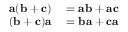
\begin{array} { r l } { \mathbf { a } ( \mathbf { b } + \mathbf { c } ) } & { { } = \mathbf { a b } + \mathbf { a c } } \\ { ( \mathbf { b } + \mathbf { c } ) \mathbf { a } } & { { } = \mathbf { b a } + \mathbf { c a } } \end{array}